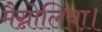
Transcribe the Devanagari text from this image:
मैग्नोलिया।